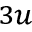
_ { 3 u }